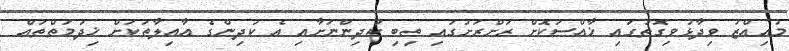
މުއިއްޒު ވިދާޅުވިގޮތުގައި ޚާއްސަކޮށް ރަށްރަށުގައި ތިބި ކުދިންނަށާއި އެ ކުދިންގެ އާއިލާތަކަށް ޚިދުމަތްތައް